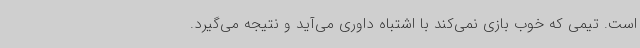
است. تیمی که خوب بازی نمی‌کند با اشتباه داوری می‌آید و نتیجه می‌گیرد.